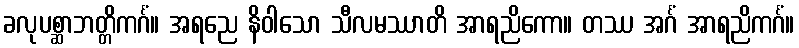
ခလုပစ္ဆာဘတ္တိကင်္ဂံ။ အရညေ နိဝါသော သီလမဿာတိ အာရညိကော။ တဿ အင်္ဂံ အာရညိကင်္ဂံ။